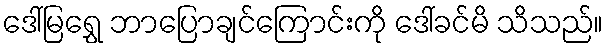
ဒေါ်မြရွှေ ဘာပြောချင်ကြောင်းကို ဒေါ်ခင်မိ သိသည်။